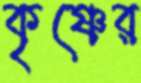
কৃষ্ণের